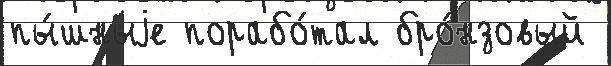
пы́шныjе порабо́тал бро́нзовый